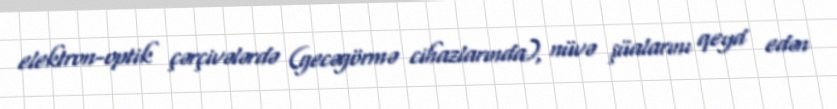
elektron-optik çərçivələrdə (gecəgörmə cihazlarında), nüvə şüalarını qeyd edən